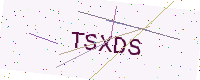
Text: TSXDS